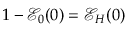
1 - \mathcal { E } _ { 0 } ( 0 ) = \mathcal { E } _ { H } ( 0 )